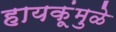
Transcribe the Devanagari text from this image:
हायकूंमुळे